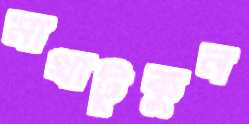
মাথাটুকুন